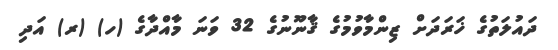
ދައުލަތުގެ ޚަރަދަށް ޒިންމާވުމުގެ ޤާނޫނުގެ 32 ވަނަ މާއްދާގެ (ހ) (ރ) އަދި